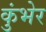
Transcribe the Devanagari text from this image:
कुंभेर